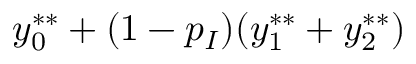
y _ { 0 } ^ { * * } + ( 1 - p _ { I } ) ( y _ { 1 } ^ { * * } + y _ { 2 } ^ { * * } )